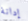
إدانة